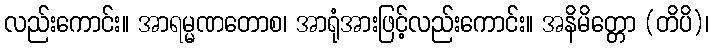
လည်းကောင်း။ အာရမ္မဏတောစ၊ အာရုံအားဖြင့်လည်းကောင်း။ အနိမိတ္တော (တိပိ)၊